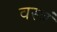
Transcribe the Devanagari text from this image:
वस्त्रं